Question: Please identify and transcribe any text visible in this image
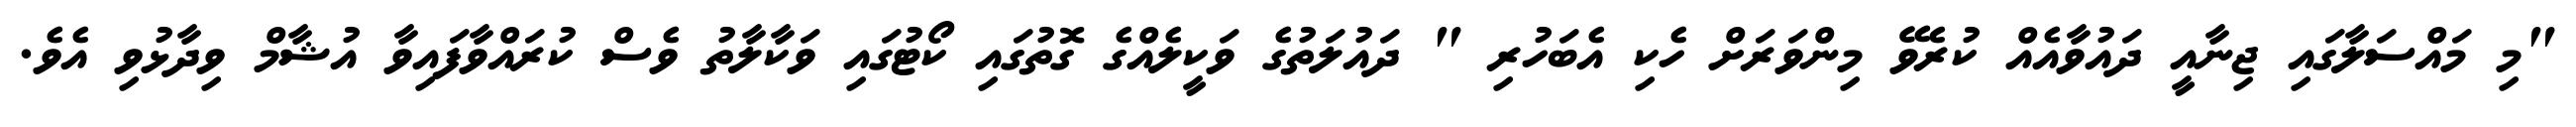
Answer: "މި މައްސަލާގައި ޖިނާއީ ދައުވާއެއް ކުރެވޭ މިންވަރަށް ހެކި އެބަހުރި " ދައުލަތުގެ ވަކީލެއްގެ ގޮތުގައި ކޯޓުގައި ވަކާލާތު ވެސް ކުރައްވާފައިވާ އުޝާމް ވިދާޅުވި އެވެ.